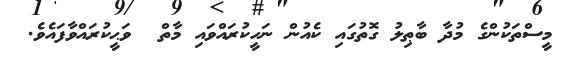
މީސްތަކުންގެ މުދާ ބާޠިލު ގޮތުގައި ކެއުން ނަހީކުރައްވައި މާތް  ވަޙީކުރައްވާފައެވެ.